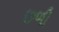
છળી